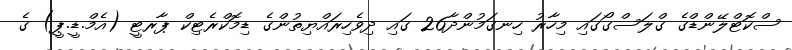
ސްކޮޓްލޭންޑްގެ ގްލަސްގޯގައި މިހާރު ހިނގަމުންދާ26 ގައި ދިވެހިރައްޔިތުންގެ ޑިމޮކްރެޓިކް ޕާރޓީ (އެމް.ޑީ.ޕީ) ގެ